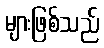
များဖြစ်သည်